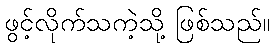
ဖွင့်လိုက်သကဲ့သို့ ဖြစ်သည်။